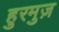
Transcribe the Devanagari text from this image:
हुरमुज़